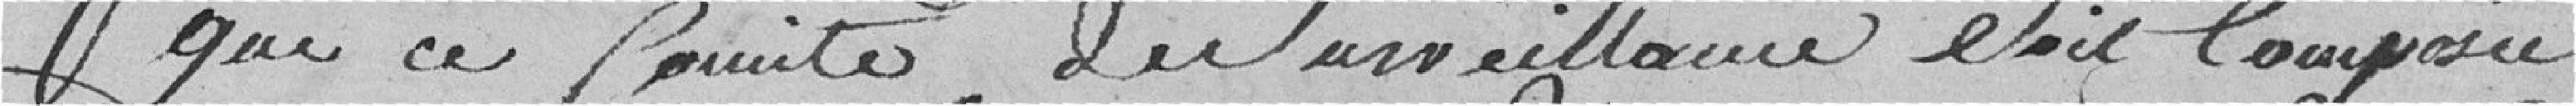
que ce comité de surveillance soit composé